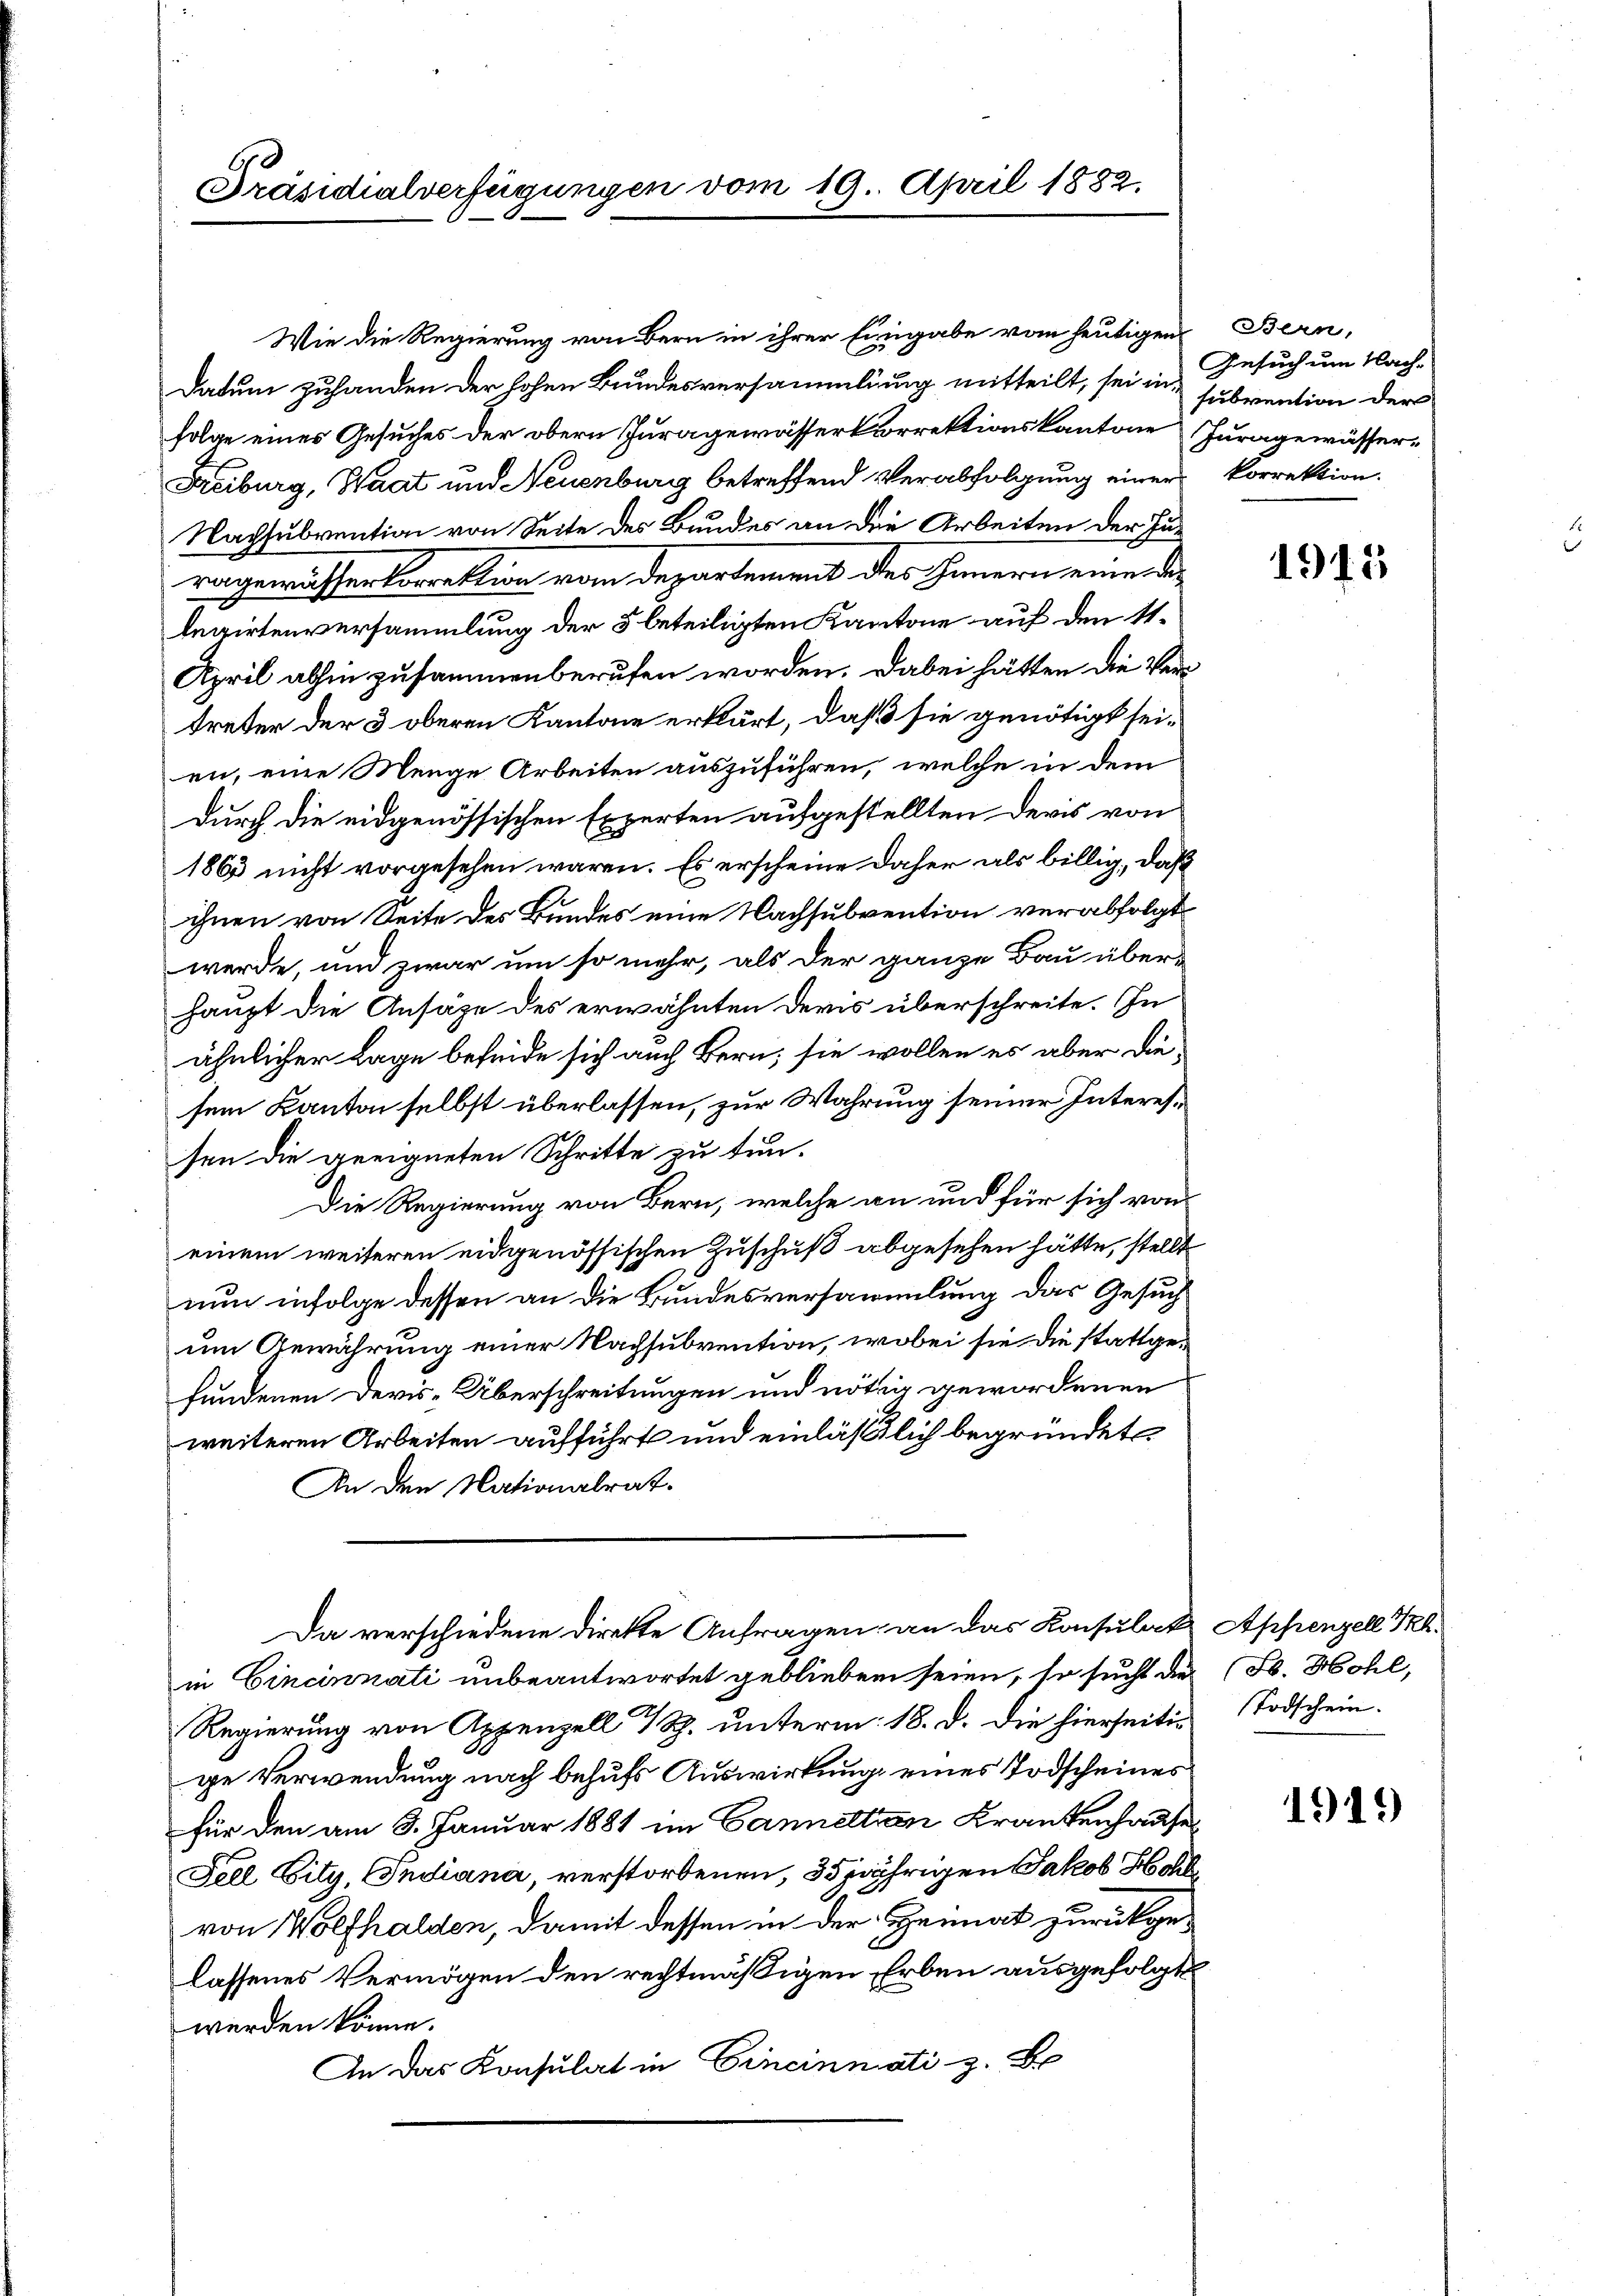
Präsidialverfügungen vom 19. April 1882.

Wie die Regierung von Bern in ihrer Eingabe vom heutigen Bern,
Datum zuhanden der hohen Bundesversammlung mitteilt, sei in subvention der
folge eines Gesuches der obern Juragewässerkorrektionskantone Juragewässer-
Freiburg, Waat und Neuenburg betreffend Verabfolgung einer korrektion.
Nachsubvention von Seite des Bundes an die Arbeiten der Ju-
ragewässerlierektion von derartement des Innern einer Relegirtenversammlung der 5 beteiligten Kantone auf den 11.
April abhin zusammenberufen worden. Dabei hätten die Vertreter der 3 oberen Kantone erklärt, daß sie genötigt seien, eine Menge Arbeiten auszuführen, welche in dem
durch die eidgenössischen Experten aufgestellten Devis von
1863 nicht vorgesehen wären. Es erscheine daher als billig, daß
ihnen von Seite des Bundes eine Nachsubvention verabfolgt
werde, und zwar um so mehr, als der ganze Bau über-
haupt die Ansäge des erwähnten Devis überschreite. In
ähnlicher Lage befinde sich auch Bern; sie wollen es aber die-
sem Kanton selbst überlassen, zur Wahrung seiner Interessen die geeigneten Schritte zu tun.
Die Regierung von Bern, welche an und für sich von
einem weiteren eidgenössischen Zuschuß abgesehen hätte, stellt
nun infolge dessen an die Bundesversammlung das Gesuch
um Gewährung einer Nachsubvention, wobei sie die stattgefundenen Devis-Überschreitungen und nötig gewordenen
weiteren Arbeiten aufführt und einläßlich begründet
An den Nationalrat-
Da verschiedene Direkte Anfragen, an das Konsulat Appenzell Sehin Cincinnati unbeantwortet geblieben seien, so sucht die (S. Hohl,
Regierung von Appenzell 7 Rp. unterm 18. d. die hierseitig Todschein-
ge Verwendung nach behufs Auswirkung eines Todscheines
für den am 8. Januar 1881 im Canneltnen Krankenhause
Fell Eity, Indiana, verstorbenen, 35 jährigen Jakob Hohl
von Wolfhalden, damit dessen in der Heimat zurückgelassenes Vermögen den rechtmäßigen Erben ausgefolgt
werden könne.
An das Konsulat in Cincinnati z. B

Gesuch um Nach-

1915

1919